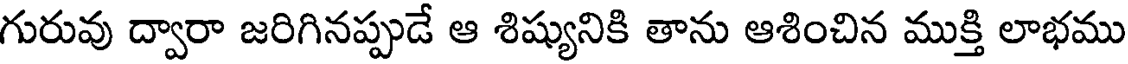
గురువు ద్వారా జరిగినప్పుడే ఆ శిష్యునికి తాను ఆశించిన ముక్తి లాభము